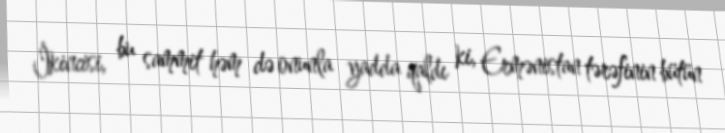
İkincisi, bu sammit həm də onunla yadda qaldı ki, Ermənistan tərəfinin bütün